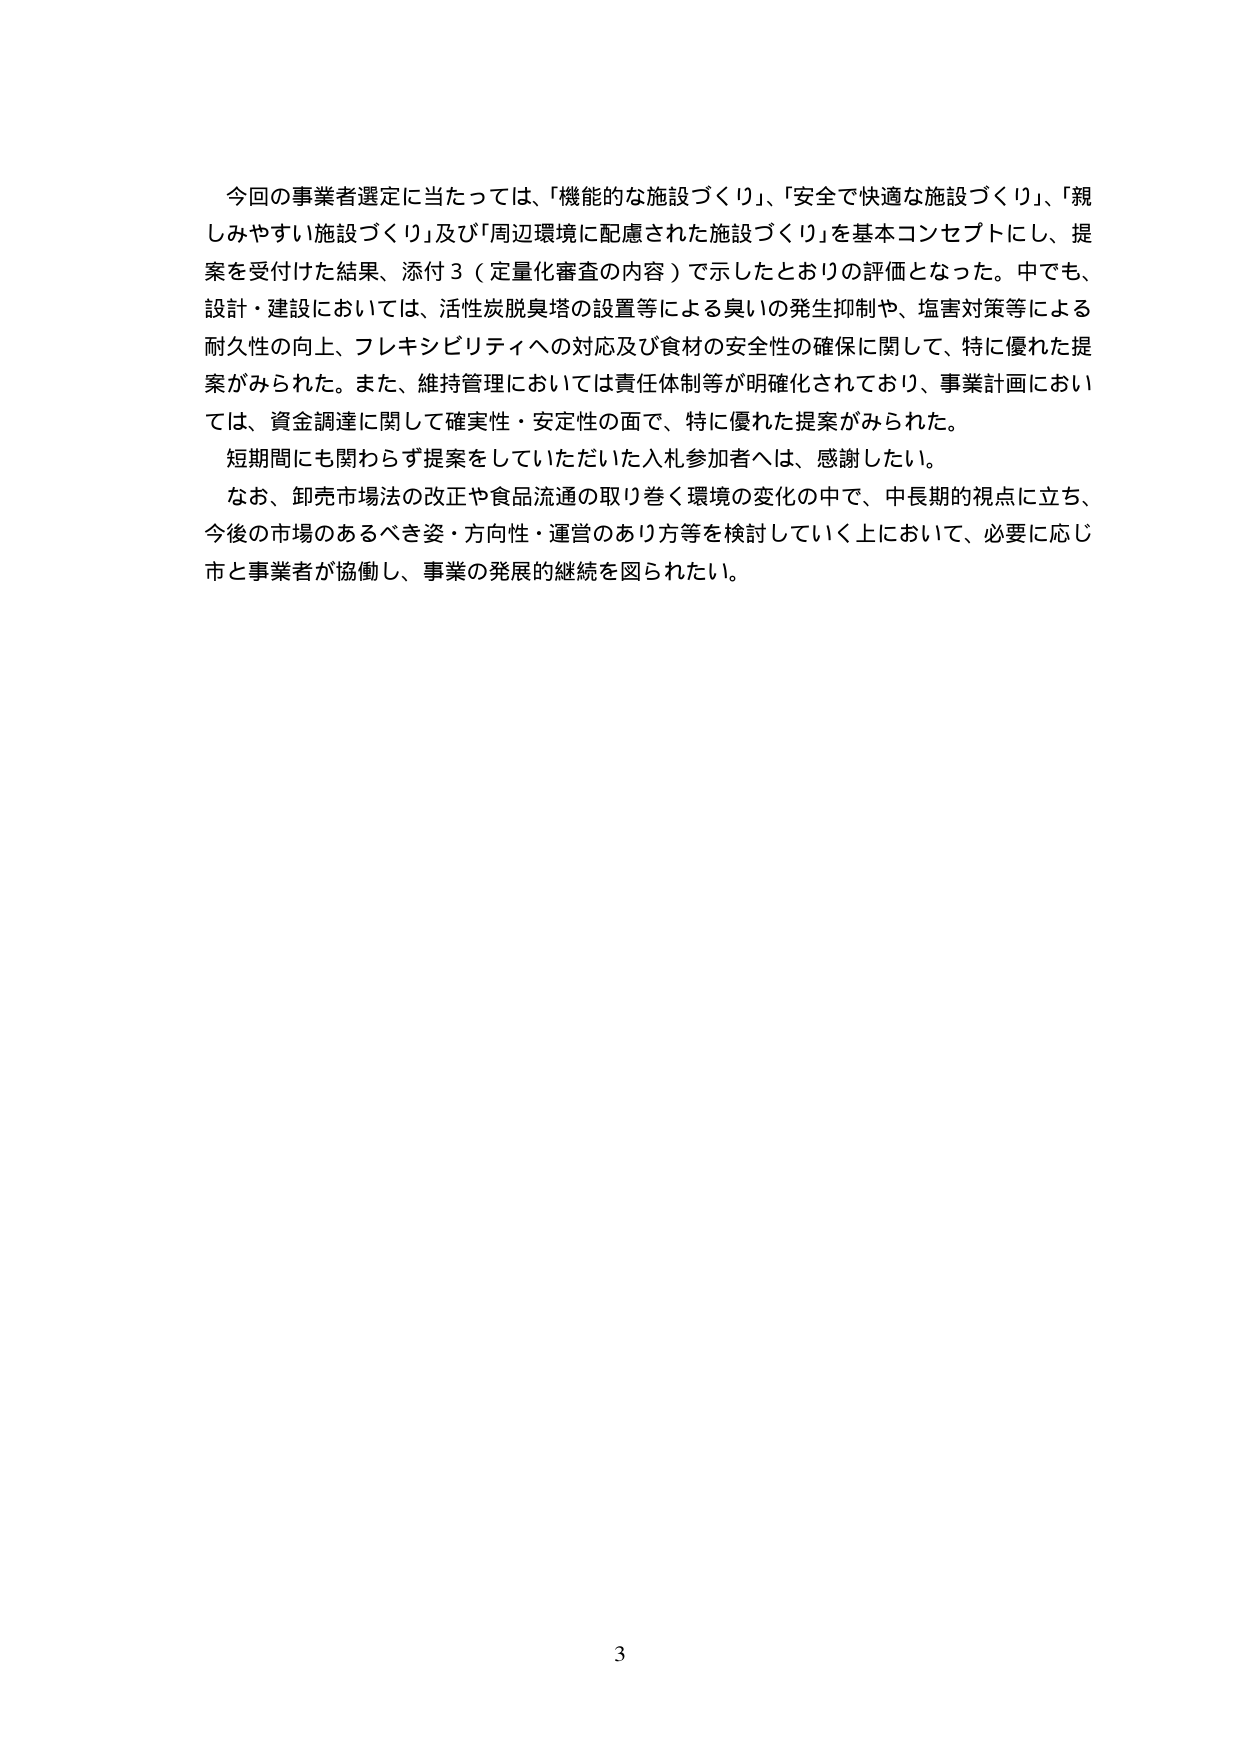
今回の事業者選定に当たっては、「機能的な施設づくり」、「安全で快適な施設づくり」、「親しみやすい施設づくり」及び「周辺環境に配慮された施設づくり」を基本コンセプトにし、提案を受け付けた結果、添付３（定量化審査の内容）で示したとおりの評価となった。中でも、設計・建設においては、活性炭脱臭塔の設置等による臭いの発生抑制や、塩害対策等による耐久性の向上、フレキシビリティへの対応及び食材の安全性の確保に関して、特に優れた提案がみられた。また、維持管理においては責任体制等が明確化されており、事業計画においては、資金調達に関して確実性・安定性の面で、特に優れた提案がみられた。

短期間にも関わらず提案をしていただいた入札参加者へは、感謝したい。

なお、卸売市場法の改正や食品流通の取り巻く環境の変化の中で、中長期的視点に立ち、今後の市場のあるべき姿・方向性・運営のあり方等を検討していく上において、必要に応じ市と事業者が協働し、事業の発展的継続を図られたい。

3